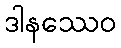
ဒါနဿေဝ